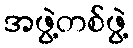
အဖွဲ့တစ်ဖွဲ့